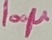
Text: 100µ